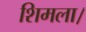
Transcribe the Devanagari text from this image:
शिमला।